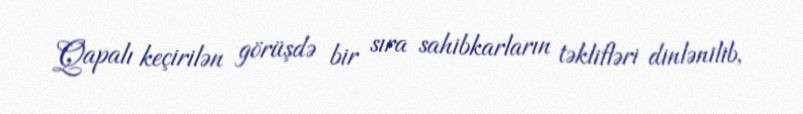
Qapalı keçirilən görüşdə bir sıra sahibkarların təklifləri dinlənilib,